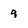
Character: 9